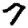
Digit: 7